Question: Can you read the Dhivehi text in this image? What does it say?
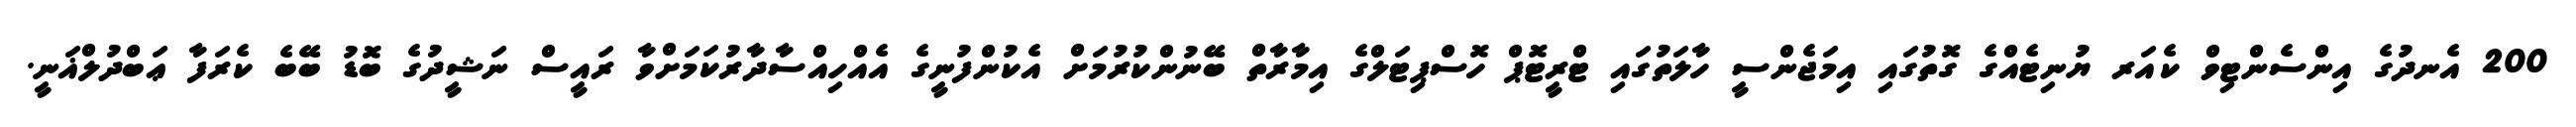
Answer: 200 އެނދުގެ އިންސެންޓިވް ކެއަރ ޔުނިޓެއްގެ ގޮތުގައި އިމަޖެންސީ ހާލަތުގައި ޓްރީޓޮޕް ހޮސްޕިޓަލްގެ އިމާރާތް ބޭނުންކުރުމަށް އެކުންފުނީގެ އެއްހިއްސާދާރުކަމަށްވާ ރައީސް ނަޝީދުގެ ބޮޑު ބޭބެ ކެރަފާ ޢަބްދުލްޣަނީ.